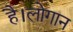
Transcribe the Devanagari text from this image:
है।लोगान